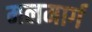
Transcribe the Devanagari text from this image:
मलमार्ग